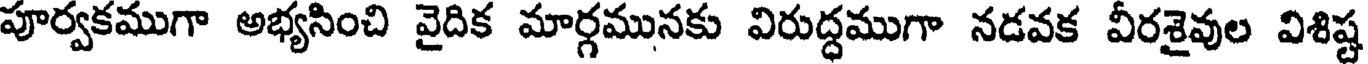
పూర్వకముగా అభ్యసించి వైదిక మార్గమునకు విరుద్ధముగా నడవక వీరశైవుల విశిష్ట